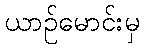
ယာဉ်မောင်းမှ